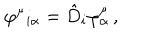
LaTeX: \varphi ^ { \mu } { } _ { i \alpha } = \hat { D } _ { i } \varphi _ { \alpha } ^ { \mu } \, ,